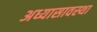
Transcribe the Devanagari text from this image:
अध्यासावस्था